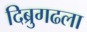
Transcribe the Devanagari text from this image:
दिब्रुगढला